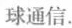
球通信.